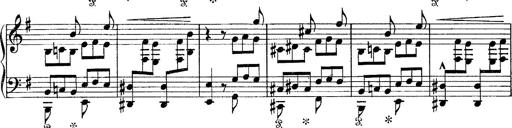
Title: Tarantelle di bravura dâ€™aprÃ¨s la tarantelle de La muette de Portici
Composer: Franz Liszt